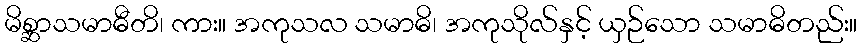
မိစ္ဆာသမာဓီတိ၊ ကား။ အကုသလ သမာဓိ၊ အကုသိုလ်နှင့် ယှဉ်သော သမာဓိတည်း။